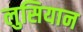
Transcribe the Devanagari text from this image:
लुसियान